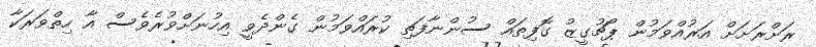
ރަށްރަށަށް އަރުއްވަމުން ޕޯޗުގީޒު ގޮފިތައް ސުންނާފަތި ކުރައްވަމުން ގެންދެވީ އިހުނަށްވުރެވެސް އާ ހިތްވަރަކާ